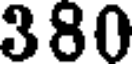
380